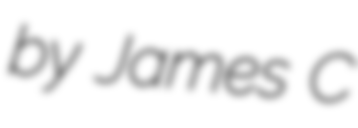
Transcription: by James C